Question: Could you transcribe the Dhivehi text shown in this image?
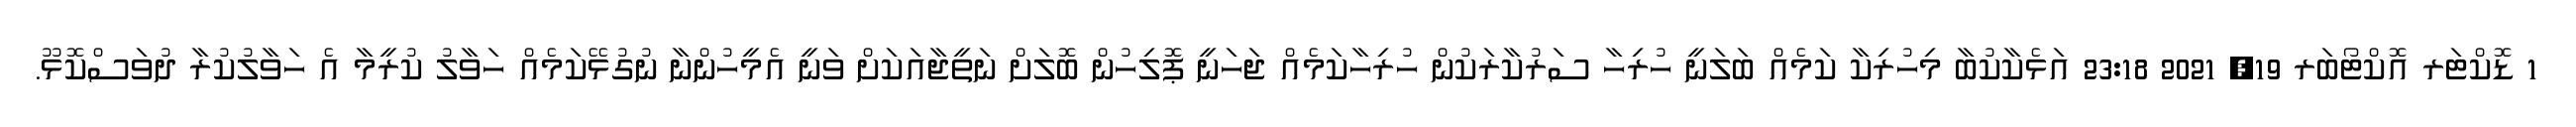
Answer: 1 ޑޮކްޓަރ އޮކްޓޯބަރ 19, 2021 23:18 އަޅެކާކުބާ މިހުރިކާ ކަމެއް ބަލަނީ ހުރިހާ ސަރުކާރަކުން ހުރިހާކަމެއް ޖަހަނީ ޕޮލިހުން ބޮލަށް ނަތީޖާއަކަށް ވަނީ އެމީހުންނާ ނުގުޅޭކަމެއް ހަވާލު ކުރީމާ އެ ހަވާލުކުރާ ދުވަސްކޮޅޫ.